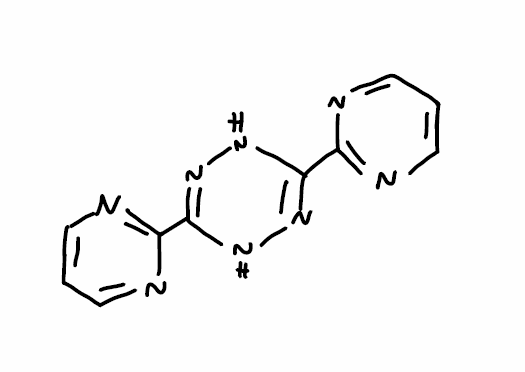
Simplified molecular-input line-entry system (SMILES) notation of the given molecule:
C1=CN=C(N=C1)C2=NNC(=NN2)C3=NC=CC=N3